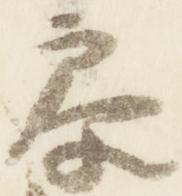
参